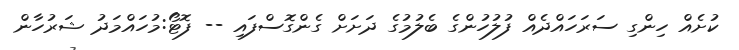
ކުށެއް ހިންގި ސަރަހައްދެއް ފުލުހުންގެ ބެލުމުގެ ދަށަށް ގެންގޮސްފައި -- ފޮޓޯ:މުހައްމަދު ޝަރުހާން